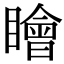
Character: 瞺